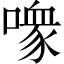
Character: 𪢊